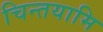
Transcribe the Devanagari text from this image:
चिन्तयामि